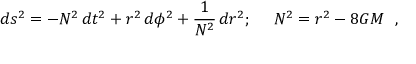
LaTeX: d s ^ { 2 } = - N ^ { 2 } \, d t ^ { 2 } + r ^ { 2 } \, d \phi ^ { 2 } + { \frac { 1 } { N ^ { 2 } } } \, d r ^ { 2 } ; ~ ~ ~ ~ N ^ { 2 } = r ^ { 2 } - 8 G M \ \ ,